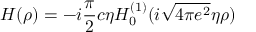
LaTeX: H ( \rho ) = - i \frac { \pi } { 2 } c \eta { \cal H } _ { 0 } ^ { ( 1 ) } ( i \sqrt { 4 \pi e ^ { 2 } } \eta \rho )